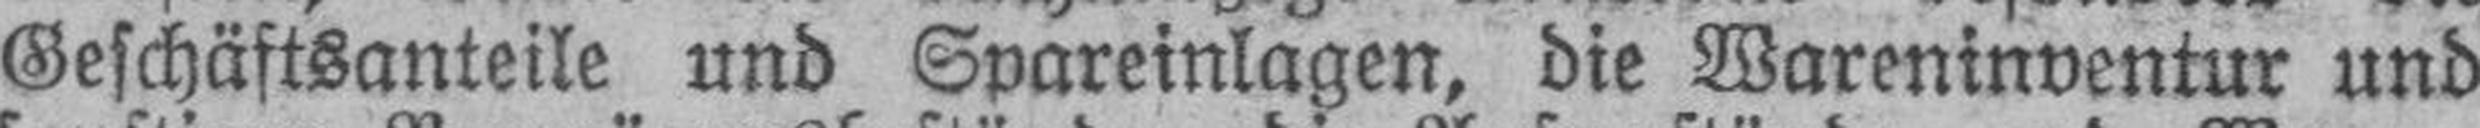
Geschäftsanteile und Spareinlagen, die Wareninventur und